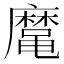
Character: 𱌈